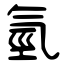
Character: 氫